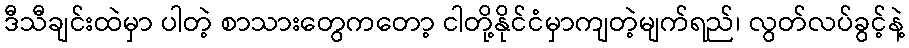
ဒီသီချင်းထဲမှာ ပါတဲ့ စာသားတွေကတော့ ငါတို့နိုင်ငံမှာကျတဲ့မျက်ရည်၊ လွတ်လပ်ခွင့်နဲ့